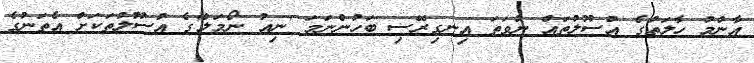
އާންމު ހާލަތުގެ އުސޫލުތައް ނުވަތަ އިނގިރޭސި ބަހުންނަމަ 'ނިއު ނޯމަލް'ގެ އުސޫލުތަކަށް އެތަނުގެ